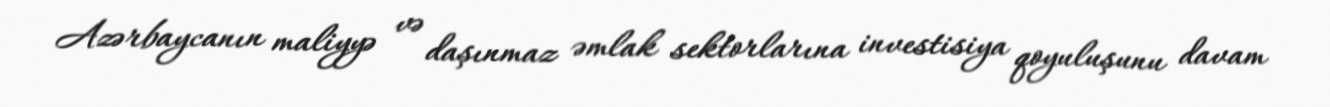
Azərbaycanın maliyyə və daşınmaz əmlak sektorlarına investisiya qoyuluşunu davam